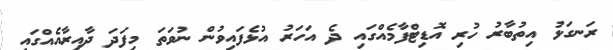
ރަނގަޅު އިތުބާރު ހުރި އޮޑިޓްފާމެއްގައި ދެ އަހަރު އުޅެފައިވުން ނުވަތަ މިފަދަ ދާއިރާއެއްގައި